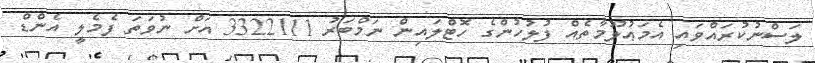
ލަސްނުކުރައްވައި އެމަޢުލޫމާތެއް ފުލުހުންގެ ހޮޓްލައިން ނަމްބަރު 3322111 އަށް ނުވަތަ ފެމެލީ އެންޑް